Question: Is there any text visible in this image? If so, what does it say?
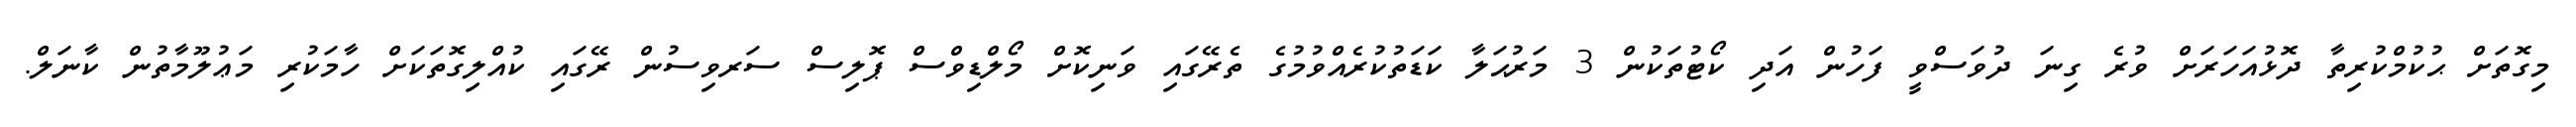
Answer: މިގޮތަށް ޙުކުމްކުރިތާ ދޮޅުއަހަރަށް ވުރެ ގިނަ ދުވަސްވީ ފަހުން އަދި ކޯޓުތަކުން 3 މަރުޙަލާ ކަޑަތުކުރެއްވުމުގެ ތެރޭގައި ވަނިކޮށް މޯލްޑިވްސް ޕޮލިސް ސަރވިސުން ރޭގައި ކުއްލިގޮތަކަށް ހާމަކުރި މަޢުލޫމާތުން ކާނަލް.